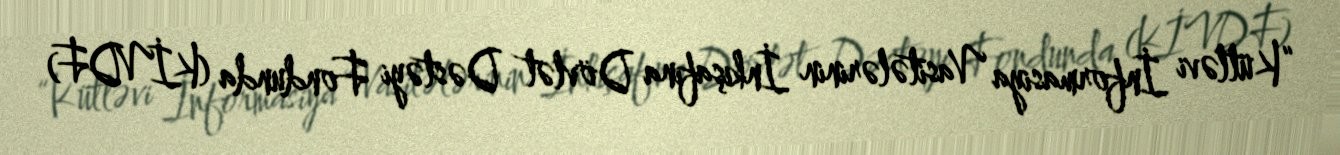
“Kütləvi İnformasiya Vasitələrinin İnkişafına Dövlət Dəstəyi Fondunda (KİVDF)